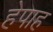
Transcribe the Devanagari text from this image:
हेपाह